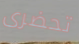
تحضرى